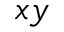
x y